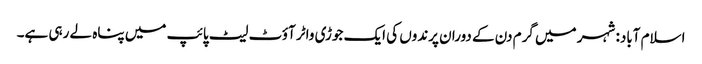
اسلام آباد: شہر میں گرم دن کے دوران پرندوں کی ایک جوڑی واٹر آؤٹ لیٹ پائپ میں پناہ لے رہی ہے۔